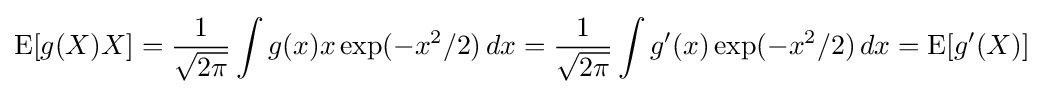
\operatorname {E} [g(X)X]={\frac {1}{\sqrt {2\pi }}}\int g(x)x\exp(-x^{2}/2)\,dx={\frac {1}{\sqrt {2\pi }}}\int g'(x)\exp(-x^{2}/2)\,dx=\operatorname {E} [g'(X)]